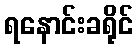
ရနောင်းခရိုင်